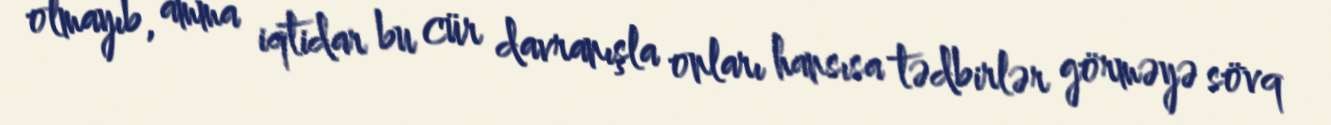
olmayıb, amma iqtidar bu cür davranışla onları hansısa tədbirlər görməyə sövq